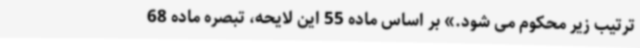
ترتیب زیر محکوم می شود.» بر اساس ماده 55 این لایحه، تبصره ماده 68